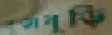
বুড়াবুড়ি